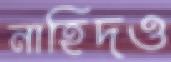
নাহিদও